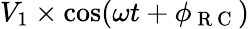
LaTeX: V_{1}\times\cos(\omega t+\phi_{\mathrm{~R~C~}})